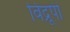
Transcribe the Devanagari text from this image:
विद्रूपी